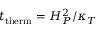
t _ { \mathrm { t h e r m } } = H _ { P } ^ { 2 } / \kappa _ { T }